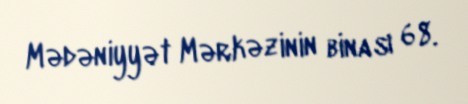
Mədəniyyət Mərkəzinin binası 68.